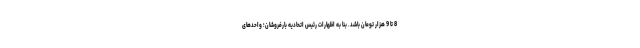
8 تا 9 هزار تومان باشد. بنا به اظهارات رئیس اتحادیه بارفروشان؛ واحدهای